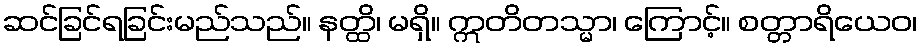
ဆင်ခြင်ရခြင်းမည်သည်။ နတ္ထိ၊ မရှိ။ ဣတိတသ္မာ၊ ကြောင့်။ စတ္တာရိယေဝ၊